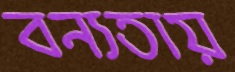
বন্যতায়